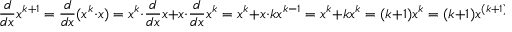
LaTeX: { \frac { d } { d x } } x ^ { k + 1 } = { \frac { d } { d x } } ( x ^ { k } \cdot x ) = x ^ { k } \cdot { \frac { d } { d x } } x + x \cdot { \frac { d } { d x } } x ^ { k } = x ^ { k } + x \cdot k x ^ { k - 1 } = x ^ { k } + k x ^ { k } = ( k + 1 ) x ^ { k } = ( k + 1 ) x ^ { ( k + 1 ) - 1 }